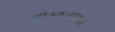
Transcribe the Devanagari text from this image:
धौम्यगडावर